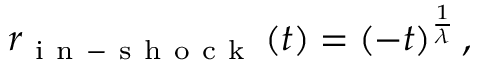
r _ { \mathrm { ~ i ~ n ~ - ~ s ~ h ~ o ~ c ~ k ~ } } \left( t \right) = \left( - t \right) ^ { \frac { 1 } { \lambda } } ,